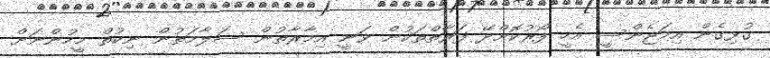
ގުޅިގެން އިމަޖެންސީ އެހީ ފޯރުކޮށްދޭ ފަރާތްތަކުން ވަނީ އިމާރާތުން ސަލާމަތުން ނިކުތް މީހުންނަށް